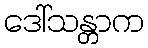
ဒေါ်သန္တာက